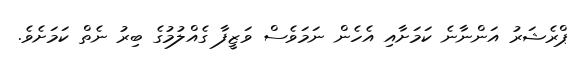
ޕްރެޝަރު އަންނާނެ ކަމަށާއި އެހެން ނަމަވެސް ވަޒީފާ ގެއްލުމުގެ ބިރު ނެތް ކަމަށެވެ.